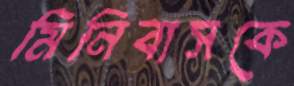
মিনিবাসকে